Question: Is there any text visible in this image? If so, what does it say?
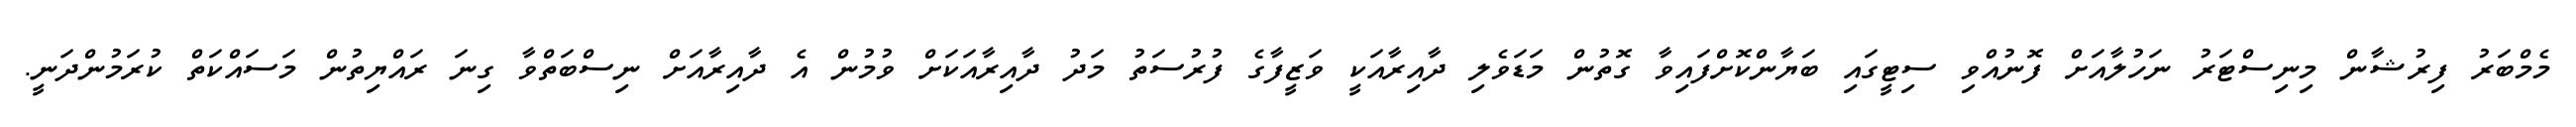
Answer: މެމްބަރު ފިރުޝާން މިނިސްޓަރު ނަހުލާއަށް ފޮނުއްވި ސިޓީގައި ބަޔާންކޮށްފައިވާ ގޮތުން މަޑަވެލި ދާއިރާއަކީ ވަޒީފާގެ ފުރުސަތު މަދު ދާއިރާއަކަށް ވުމުން އެ ދާއިރާއަށް ނިސްބަތްވާ ގިނަ ރައްޔިތުން މަސައްކަތް ކުރަމުންދަނީ.